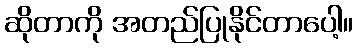
ဆိုတာကို အတည်ပြုနိုင်တာပေါ့။